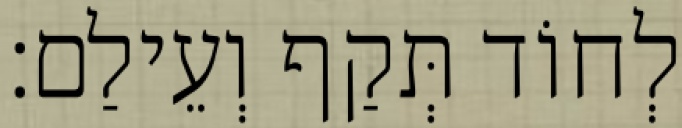
לְחוֹד תְּקַף וְעֵילַם׃